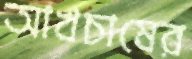
আখচাষের